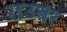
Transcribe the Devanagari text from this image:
राउबर